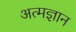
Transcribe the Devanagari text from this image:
अत्मज्ञान